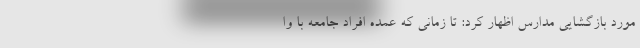
مورد بازگشایی مدارس اظهار کرد: تا زمانی که عمده افراد جامعه با وا